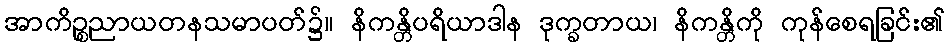
အာကိဉ္စညာယတနသမာပတ်၌။ နိကန္တိပရိယာဒါန ဒုက္ခတာယ၊ နိကန္တိကို ကုန်စေရခြင်း၏